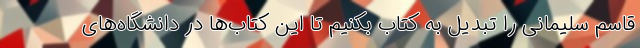
قاسم سلیمانی را تبدیل به کتاب بکنیم تا این کتاب‌ها در دانشگاه‌های